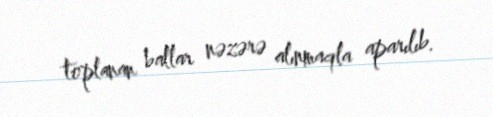
toplanan ballar nəzərə alınmaqla aparılıb.